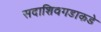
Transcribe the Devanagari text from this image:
सदाशिवगडाकडे